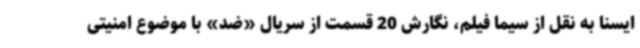
ایسنا به نقل از سیما فیلم، نگارش 20 قسمت از سریال «ضد» با موضوع امنیتی